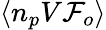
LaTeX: \langle n_{p}V{\cal F}_{o}\rangle